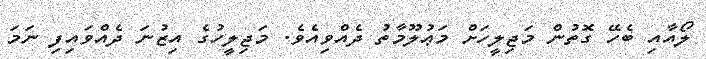
ލޯއާއި ބެހޭ ގޮތުން މަޖިލީހަށް މަޢުލޫމާތު ދެއްވިއެވެ. މަޖިލީހުގެ އިޒުނަ ދެއްވައިފި ނަމަ